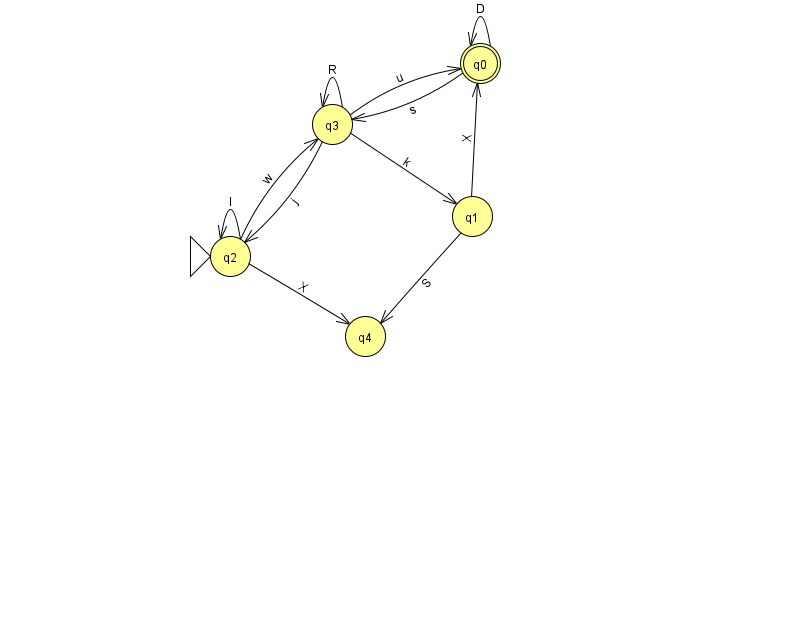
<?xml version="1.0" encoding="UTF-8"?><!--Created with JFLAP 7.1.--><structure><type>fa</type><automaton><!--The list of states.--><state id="0" name="q0"><x>480.0</x><y>50.0</y><final/></state><state id="1" name="q1"><x>472.0</x><y>203.0</y></state><state id="2" name="q2"><x>230.0</x><y>243.0</y><initial/></state><state id="3" name="q3"><x>332.0</x><y>111.0</y></state><state id="4" name="q4"><x>365.0</x><y>323.0</y></state><!--The list of transitions.--><transition><from>0</from><to>3</to><read>s</read></transition><transition><from>1</from><to>4</to><read>S</read></transition><transition><from>3</from><to>3</to><read>R</read></transition><transition><from>0</from><to>0</to><read>D</read></transition><transition><from>2</from><to>3</to><read>w</read></transition><transition><from>3</from><to>0</to><read>u</read></transition><transition><from>3</from><to>1</to><read>k</read></transition><transition><from>1</from><to>0</to><read>X</read></transition><transition><from>2</from><to>4</to><read>X</read></transition><transition><from>3</from><to>2</to><read>j</read></transition><transition><from>2</from><to>2</to><read>l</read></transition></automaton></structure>